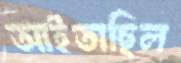
আইতাছিল